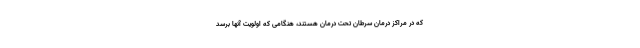
که در مراکز درمان سرطان تحت درمان هستند، هنگامی که اولویت آنها برسد